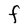
Character: F